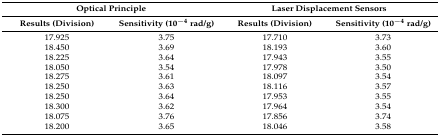
<table><thead><tr><td colspan="2"><b>Optical Principle</b></td><td colspan="2"><b>Laser Displacement Sensors</b></td></tr><tr><td><b>Results (Division)</b></td><td><b>Sensitivity (10<sup>−4</sup> rad/g)</b></td><td><b>Results (Division)</b></td><td><b>Sensitivity (10<sup>−4</sup> rad/g)</b></td></tr></thead><tbody><tr><td>17.925</td><td>3.75</td><td>17.710</td><td>3.73</td></tr><tr><td>18.450</td><td>3.69</td><td>18.193</td><td>3.60</td></tr><tr><td>18.225</td><td>3.64</td><td>17.943</td><td>3.55</td></tr><tr><td>18.050</td><td>3.54</td><td>17.978</td><td>3.50</td></tr><tr><td>18.275</td><td>3.61</td><td>18.097</td><td>3.54</td></tr><tr><td>18.250</td><td>3.63</td><td>18.116</td><td>3.57</td></tr><tr><td>18.250</td><td>3.64</td><td>17.953</td><td>3.55</td></tr><tr><td>18.300</td><td>3.62</td><td>17.964</td><td>3.54</td></tr><tr><td>18.075</td><td>3.76</td><td>17.856</td><td>3.74</td></tr><tr><td>18.200</td><td>3.65</td><td>18.046</td><td>3.58</td></tr></tbody></table>